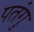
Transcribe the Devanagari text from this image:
पतंगु